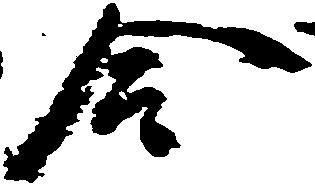
合